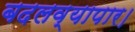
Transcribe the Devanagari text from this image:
बदलव्यापार।